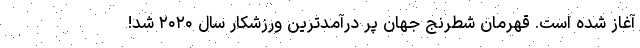
آغاز شده است. قهرمان شطرنج جهان پر درآمدترین ورزشکار سال ۲۰۲۰ شد!